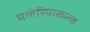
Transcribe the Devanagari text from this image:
मलेरियाकारक